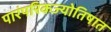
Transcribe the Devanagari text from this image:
पारंपरिकज्योतिषात